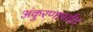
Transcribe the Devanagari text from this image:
अंकुरणापर्यंत